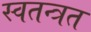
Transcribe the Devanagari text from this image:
स्वतन्त्रत